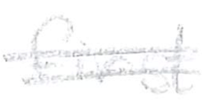
Text: first
Cross-out: mix
Writing tool: pencil